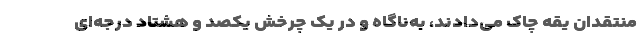
منتقدان یقه چاک می‌دادند، به‌ناگاه و در یک چرخش یکصد و هشتاد درجه‌ای